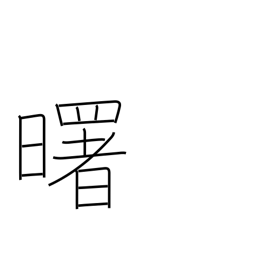
Meaning: daybreak